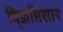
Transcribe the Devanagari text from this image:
वि्ज्ञप्तिसार